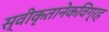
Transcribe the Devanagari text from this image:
स्वीकृतानेकविग्रह